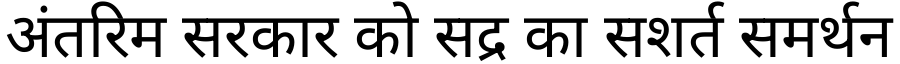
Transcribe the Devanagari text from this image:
अंतरिम सरकार को सद्र का सशर्त समर्थन